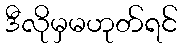
ဒီလိုမှမဟုတ်ရင်